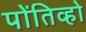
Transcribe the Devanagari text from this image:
पोंतिव्हो